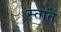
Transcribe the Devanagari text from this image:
स्तातें